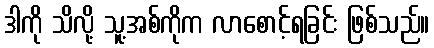
ဒါကို သိလို့ သူ့အစ်ကိုက လာစောင့်ရခြင်း ဖြစ်သည်။